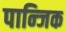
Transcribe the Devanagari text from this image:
पान्जिक